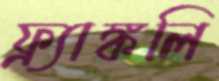
ফ্র্যাঙ্কলি